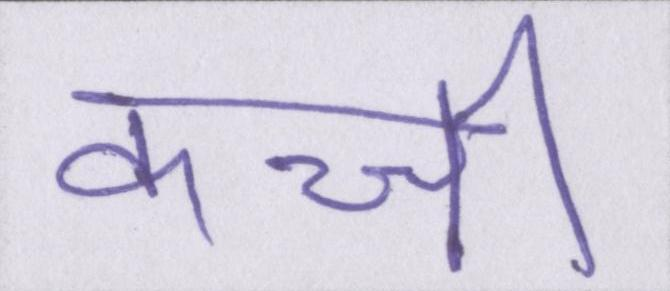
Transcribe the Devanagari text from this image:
कच्ची